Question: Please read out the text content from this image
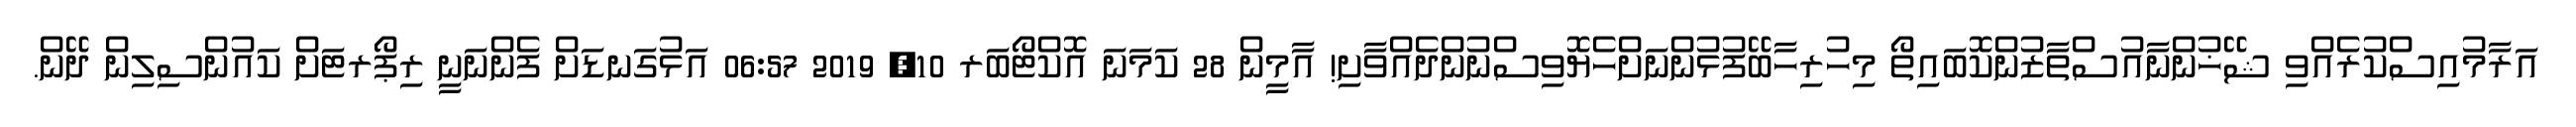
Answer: އަރާމުއިސްކުރެއްވި ޝޭޚުންނާއުސްތާޒުންކޮބައިތޯ މިހުރިހާބޭފުޅުންނަށްހެޔޮވިސްނުންދެއްވާށި! އާމީން 28 ކަމަނަ އޮކްޓޯބަރ 10, 2019 06:57 އަޅުގަނޑަށް ފެންނަނީ ރިޕޯރޓަށް ކައުންސިލިން ދޭން.